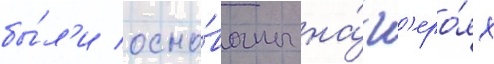
бы́л'и осно́ваны на́ г'еро́ях